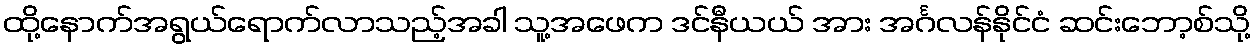
ထို့နောက်အရွယ်ရောက်လာသည့်အခါ သူ့အဖေက ဒင်နီယယ် အား အင်္ဂလန်နိုင်ငံ ဆင်းဘော့စ်သို့